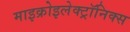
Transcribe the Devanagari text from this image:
माइक्रोइलेक्ट्रॉनिक्स